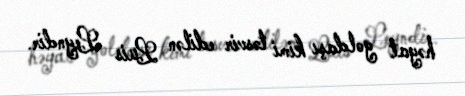
həyat yoldaşı kimi təsvir edilən Luis Leyndir.